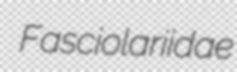
Fasciolariidae